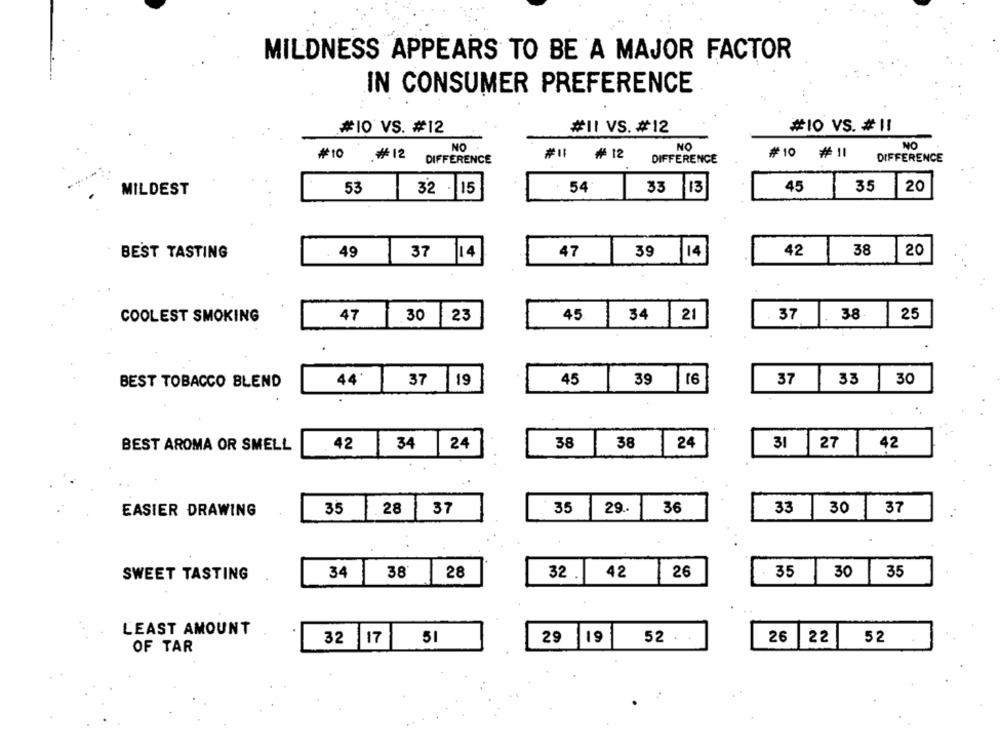
MILDNESS APPEARS TO BE A MAJOR FACTOR
IN CONSUMER PREFERENCE
#10 VS. # 11
#10 VS. #12
#11 VS. #12
NO
NO
NO
#10
# 12
₦ 12
#10 #11
DIFFERENCE
DIFFERENCE
DIFFERENCE
45
35
20
MILDEST
53
32 . 15
54
33 13
BEST TASTING
49
37
114
47
39
14
42
38
20
. 37
38.
25
COOLEST SMOKING
47
30 23
45
34 21
44'
37
19
45
39 16
37
33
30
BEST TOBACCO BLEND
BEST AROMA OR SMELL
42
34
24
38
38 24
31 | 27
42
35
28
37
35
29 ..
36
33
1
30
37
EASIER DRAWING
SWEET TASTING
34
38'
28
32 . 42
26
. 35
30
35
LEAST AMOUNT
51
52
32 |17
29 19
52
26
22
OF TAR